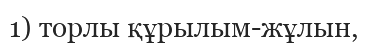
1) торлы құрылым-жұлын,